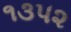
૧૩૫૨